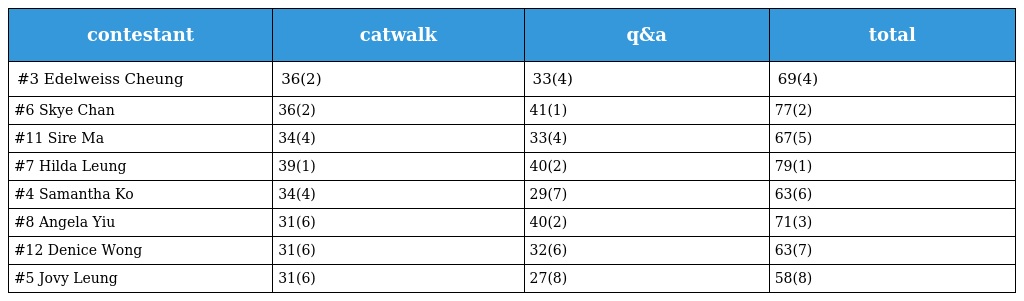
| contestant | catwalk | q&a | total |
 | --- | --- | --- | --- |
 | #3 Edelweiss Cheung | 36(2) | 33(4) | 69(4) |
 | #6 Skye Chan | 36(2) | 41(1) | 77(2) |
 | #11 Sire Ma | 34(4) | 33(4) | 67(5) |
 | #7 Hilda Leung | 39(1) | 40(2) | 79(1) |
 | #4 Samantha Ko | 34(4) | 29(7) | 63(6) |
 | #8 Angela Yiu | 31(6) | 40(2) | 71(3) |
 | #12 Denice Wong | 31(6) | 32(6) | 63(7) |
 | #5 Jovy Leung | 31(6) | 27(8) | 58(8) |